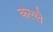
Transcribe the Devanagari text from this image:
कल्लै